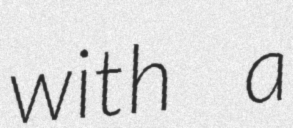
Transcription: with a